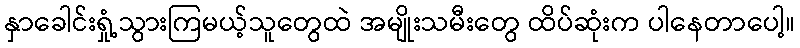
နှာခေါင်းရှုံ့သွားကြမယ့်သူတွေထဲ အမျိုးသမီးတွေ ထိပ်ဆုံးက ပါနေတာပေါ့။